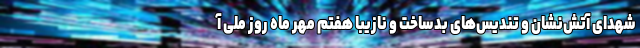
شهدای آتش‌نشان و تندیس‌های بدساخت و نازیبا هفتم مهر ماه روز ملی آ